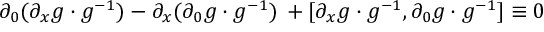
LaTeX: \partial _ { 0 } ( \partial _ { x } g \cdot g ^ { - 1 } ) - \partial _ { x } ( \partial _ { 0 } g \cdot g ^ { - 1 } ) \, + [ \partial _ { x } g \cdot g ^ { - 1 } , \partial _ { 0 } g \cdot g ^ { - 1 } ] \equiv 0